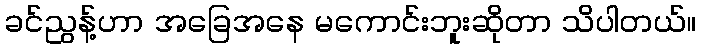
ခင်ညွန့်ဟာ အခြေအနေ မကောင်းဘူးဆိုတာ သိပါတယ်။